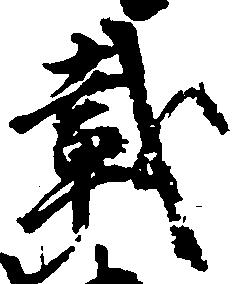
載